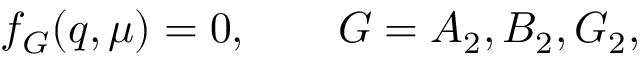
f _ { G } ( q , \mu ) = 0 , \qquad G = A _ { 2 } , B _ { 2 } , G _ { 2 } ,